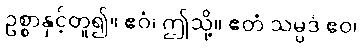
ဥစ္စာနှင့်တူ၍။ ဧဝံ၊ ဤသို့။ ဧတံ သမ္ပဒံ ဧဝ၊